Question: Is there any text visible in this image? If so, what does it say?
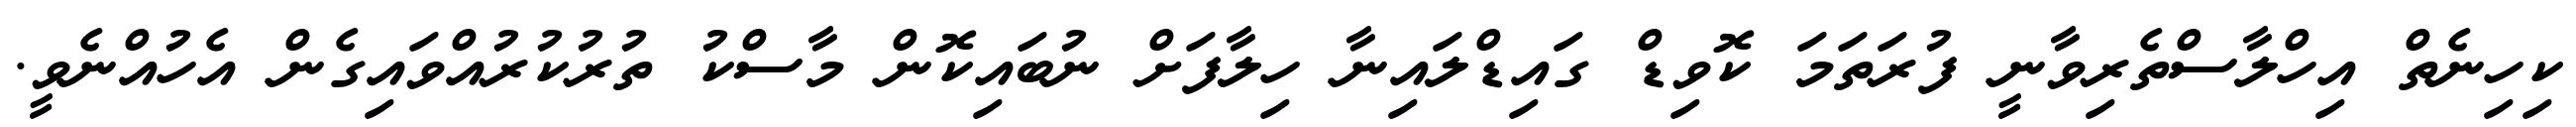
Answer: ކިހިނެތް އިހްލާސްތެރިވާނީ ފުރަތަމަ ކޮވިޑް ގައިޑްލައިނާ ހިލާފަށް ނުބައިކޮން މާސްކު ތުރުކުރުއްވައިގެން އެހުއްނެވީ.